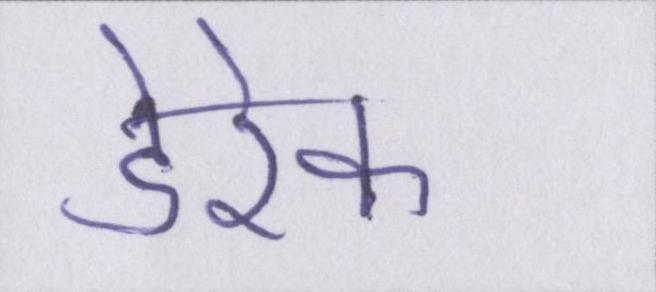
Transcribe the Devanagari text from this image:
डेरेक